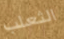
الثعلب